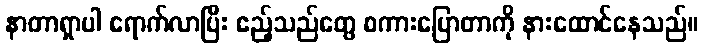
နာတာရှာပါ ရောက်လာပြီး ဧည့်သည်တွေ စကားပြောတာကို နားထောင်နေသည်။